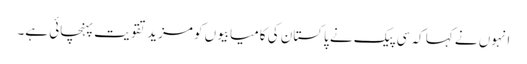
انہوں نے کہا کہ سی پیک نے پاکستان کی کامیابیوں کو مزید تقویت پہنچائی ہے۔